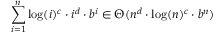
\sum _ { i = 1 } ^ { n } \log ( i ) ^ { c } \cdot i ^ { d } \cdot b ^ { i } \in \Theta ( n ^ { d } \cdot \log ( n ) ^ { c } \cdot b ^ { n } )